Rae_vallavalitsus, lk 7
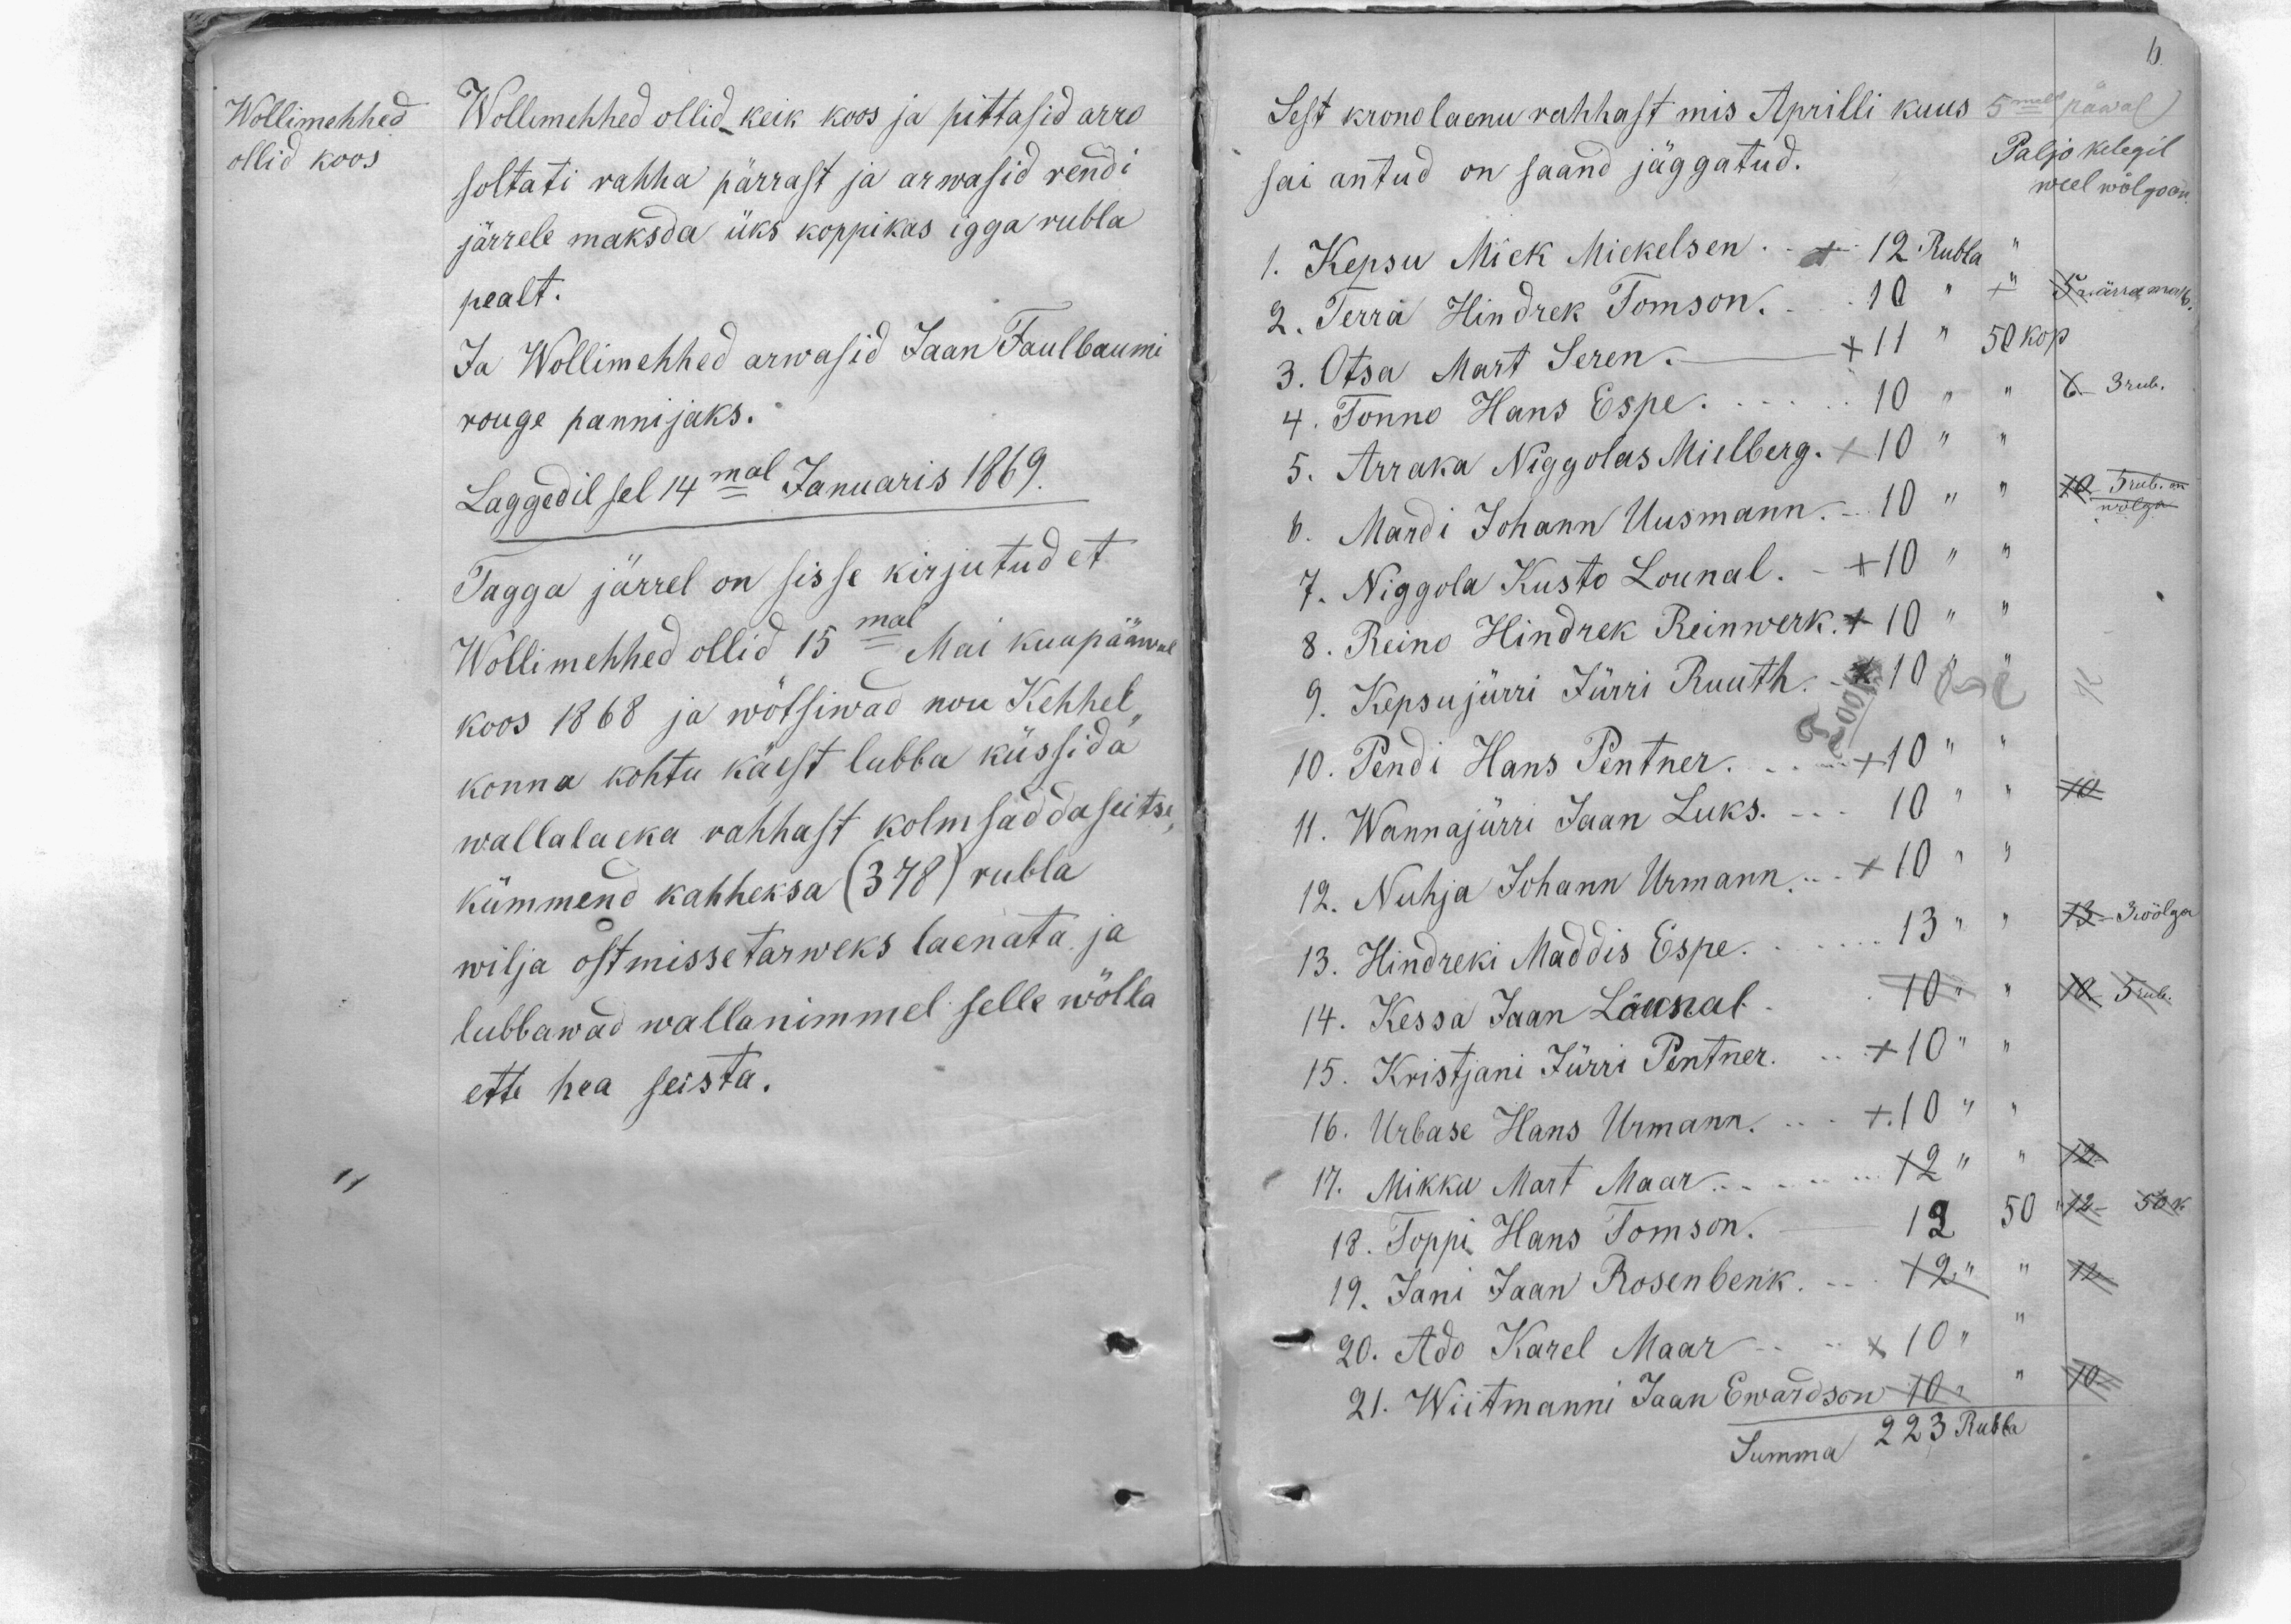
Wollimehhed
ollid koos
Wollimehhed ollid keik koos ja pittasid arro
soltati rahha pärrast ja arwasid rendi
järrele maksda üks koppikas igga rubla
pealt.
Ja Wollimehhed arwasid Jaan Faulbaumi
rouge pannijaks.
Laggedil sel 14mal Januaris 1869.
Tagga järrel on sisse kirjutud et
Wollimehhed ollid 15mal Mai kuupääwal
koos 1868 ja wõtsiwad nou Kehhel-
konna kohtu käest lubba küssida
wallalaeka rahhast kolmsadda seitse-
kümmend kahheksa (378) rubla
wilja ostmisse tarweks laenata ja
lubbawad walla nimmel selle wõlla
ette hea seista.

6.
Sest kronolaenu rahhast mis Aprilli kuus 5mal päwal
sai antud on saand jäggatud.
Paljo kelegil
weel wõlgo on.
1. Kepsu Mick Mickelsen ... + 12 Rubla "
2. Terra Hindrek Tomson ... 10 " +"
5 ärra mak.
3. Otsa Mart Seren. - + 11 " 50 kop
4. Tonno Hans Espe. ... 10   "           "
6. 3 rub.
5. Arraka Niggolas Mielberg. + 10   "      "
10. 5rub. on
wõlga
6. Mardi Johann Uusmann. - 10    "   "
7. Niggola Kusto Lounal. - + 10     "   "
8. Reino Hindrek Reinwerk. + 10      "   "
9. Kepsujürri Jürri Ruuth. - + 10     "   "
10. Pendi Hans Pentner. ... +10   "
11. Wannajürri Jaan Luks.  ...  10  " "
10
12. Nuhja Johann Urmann. ... + 10 " "
13. Hindreki Maddis Espe. ... 13 " "
13 - 3 wõlga
14. Kessa Jaan Lõunal. 10 "
10- 5 rub.
15. Kristjani Jürri Pentner. ...  +10   "
16. Urbase Hans Urmann. ...  +10 "
17. Mikku Mart Maar ... 12 "
12.
18. Toppi Hans Tomson. - 12
50
12 -
50 k.
19. Jani Jaan Rosenbenk. ... 12 "
12
20. Ado Karel Maar ...  + 10 "
21. Wiitmanni Jaan Ewardson  10 "
10-
Summa 223 Rubla